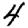
Digit: 4